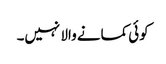
کوئی کمانے والا نہیں۔